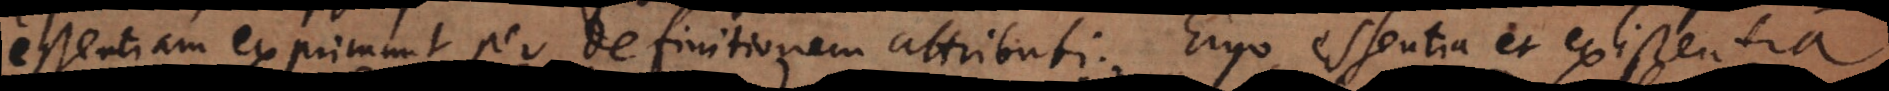
essentiam exprimunt per definitionem attributi. Ergo essentia et existentia